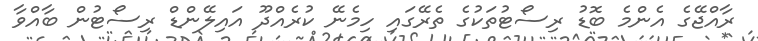
ރާއްޖޭގެ އެންމެ ބޮޑު ރިސޯޓުތަކުގެ ތެރޭގައި ހިމެނޭ ކުރެއްދޫ އައިލޭންޑް ރިސޯޓުން ބާއްވާ